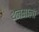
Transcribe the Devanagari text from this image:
थेनमाला